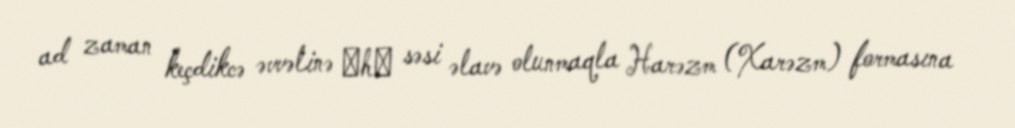
ad zaman keçdikcə əvvəlinə ―h‖ səsi əlavə olunmaqla Harəzm (Xarəzm) formasına